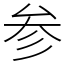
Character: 参